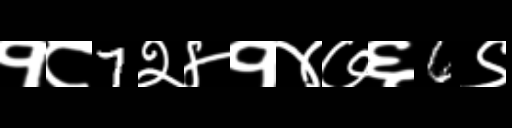
Text: १८7२४१४७६6९